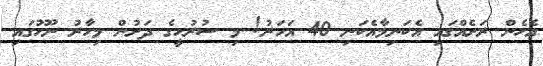
އެހެން ރަށެއްގައި އެކަނިމާއެކަނި 40 އަހަރު! މި ސުރުހީގެ ދަށުން މިހާރު ނޫހުގައި